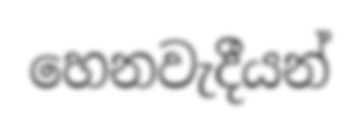
හෙනවැදීයන්